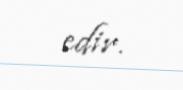
edir.